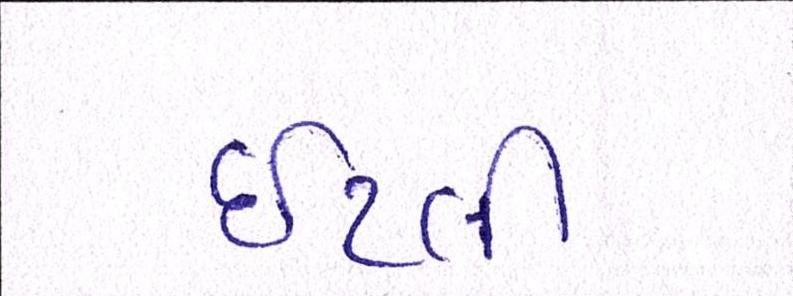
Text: ઇટલી